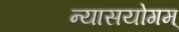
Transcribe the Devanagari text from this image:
न्यासयोगम्